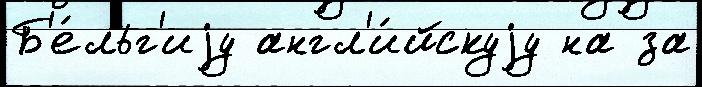
Б'е́льг'иjу англ'и́йскуjу на за